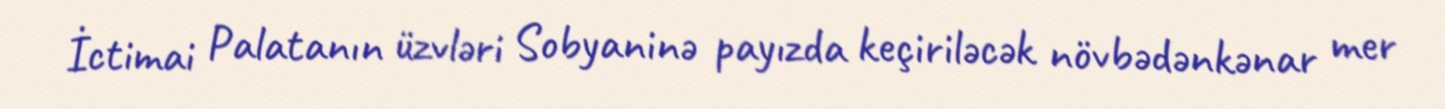
İctimai Palatanın üzvləri Sobyaninə payızda keçiriləcək növbədənkənar mer